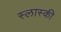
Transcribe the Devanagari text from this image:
स्लास्की